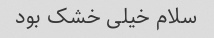
سلام خیلی خشک بود